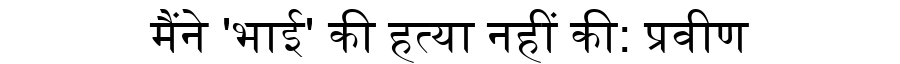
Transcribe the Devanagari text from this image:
मैंने 'भाई' की हत्या नहीं की: प्रवीण